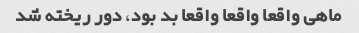
ماهی واقعا واقعا واقعا بد بود، دور ریخته شد